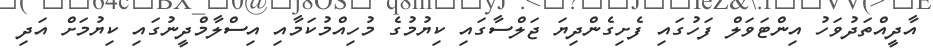
އާދީއްތަދުވަހު އިންޓަވަލް ފަހުގައި ފެށިގެންދިޔަ ޖަލްސާގައި ކިޔުމުގެ މުހިއްމުކަމާއި އިސްލާމްދީނުގައި ކިޔުމަށް އަދި